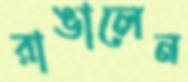
রাঙালেন